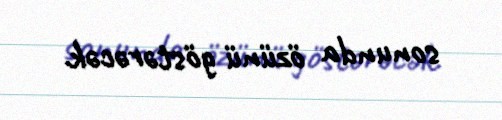
sonunda özünü göstərəcək.